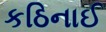
કઠિનાઈ